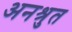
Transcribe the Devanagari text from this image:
अनश्रुत